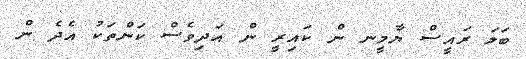
ބަލަ ރައީސް ޔާމީނ ން ކައިރީ ން އަދިވެސް ކަންތަކު އެދެ ން